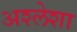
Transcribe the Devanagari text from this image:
अश्लेशा